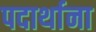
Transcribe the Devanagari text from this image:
पदार्थाना